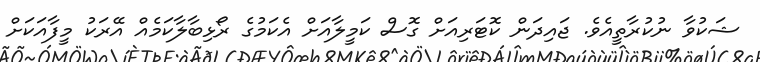
ޝަކުވާ ނުކުރާތީއެވެ. ޖައިދަން ކޮޓަރިއަށް ގޮސް ކަމީލާއަށް އެކަމުގެ ރޯޅިބާލާކަމެއް އޭރަކު މީފާއަކަށް